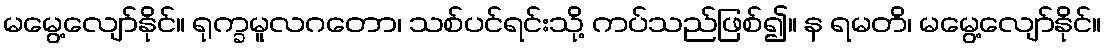
မမွေ့လျော်နိုင်။ ရုက္ခမူလဂတော၊ သစ်ပင်ရင်းသို့ ကပ်သည်ဖြစ်၍။ န ရမတိ၊ မမွေ့လျော်နိုင်။